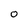
Character: O